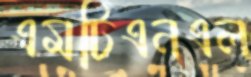
এমটিএনএল